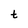
Character: t